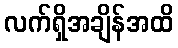
လက်ရှိအချိန်အထိ